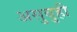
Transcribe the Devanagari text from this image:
असुबुही